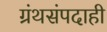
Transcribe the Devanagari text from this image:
ग्रंथसंपदाही